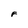
Character: F